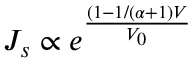
J _ { s } \propto e ^ { \frac { ( 1 - 1 / ( \alpha + 1 ) V } { V _ { 0 } } }